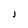
Character: J